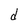
Character: d